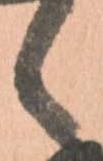
候